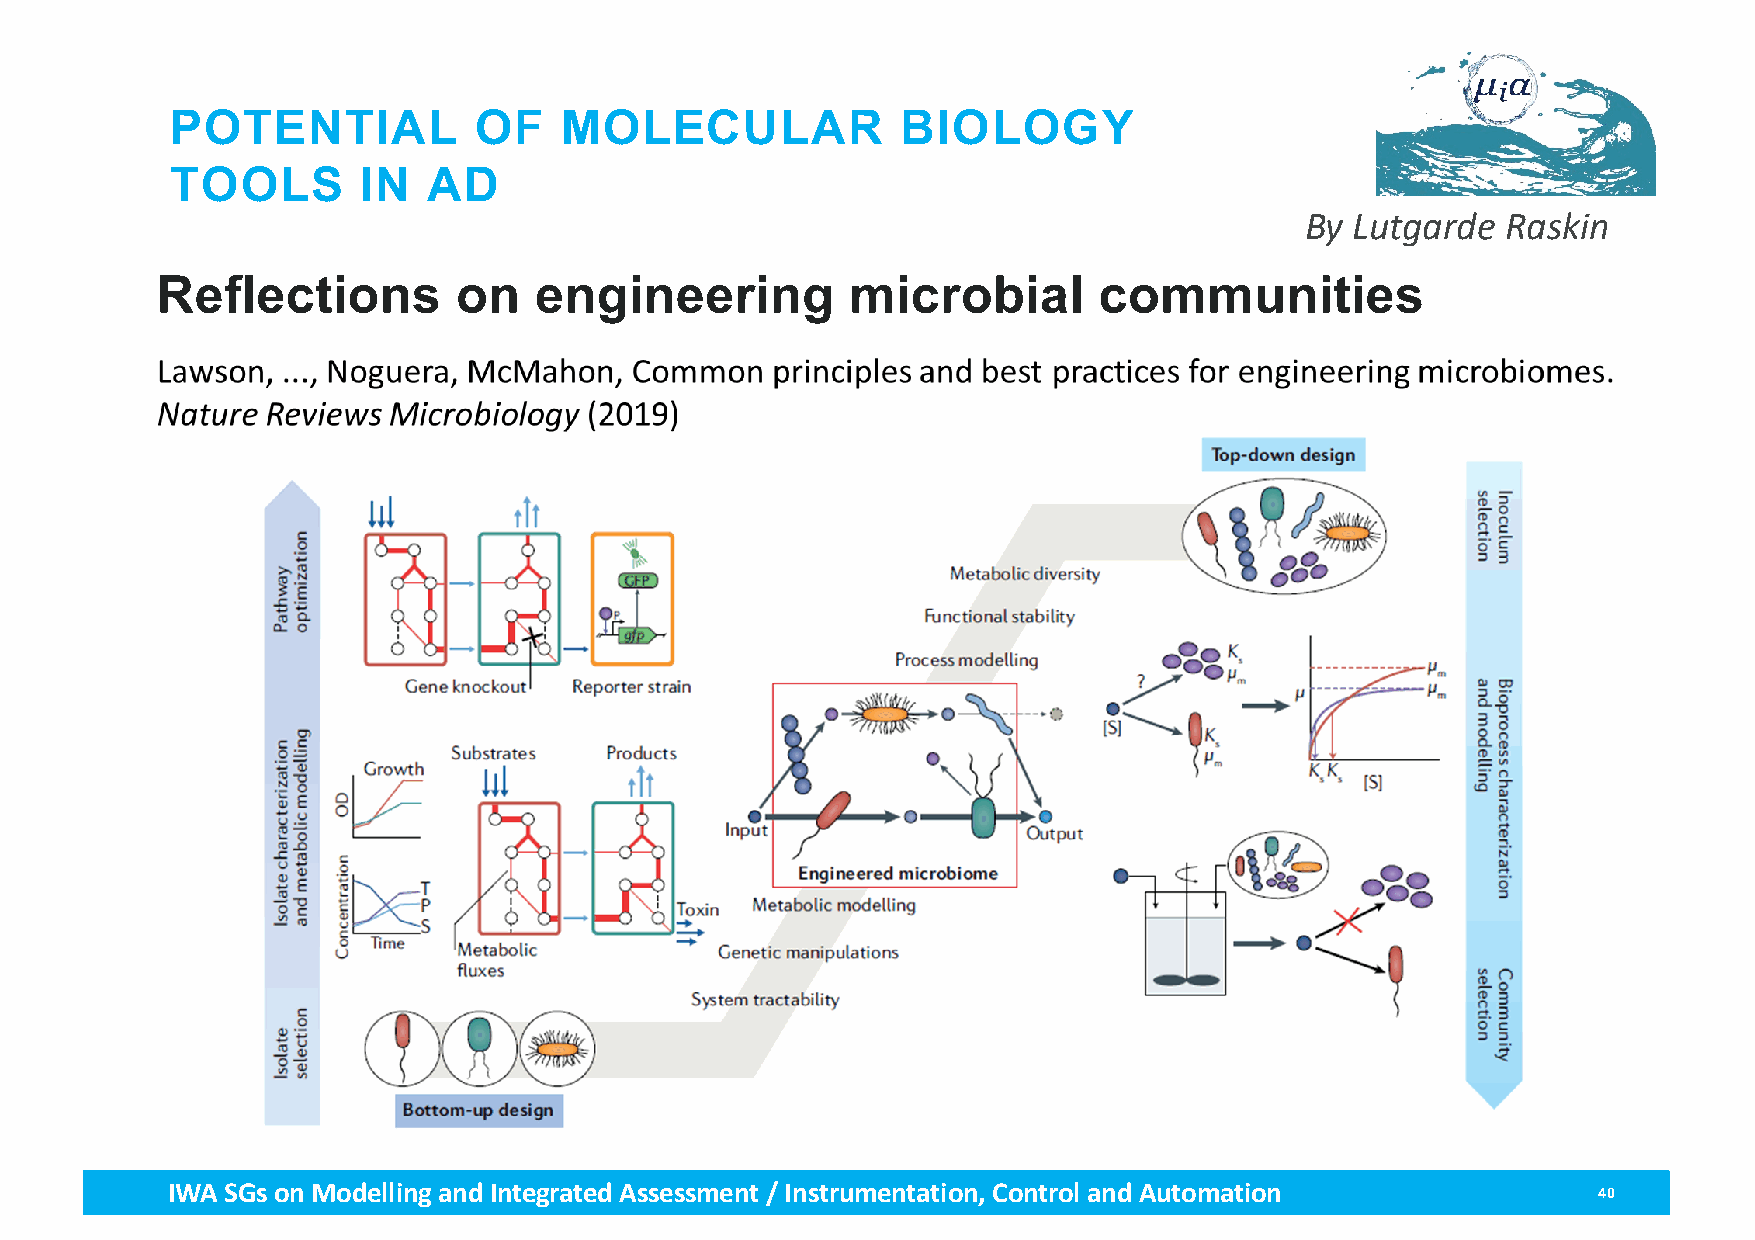
POTENTIAL           OF    MOLECULAR              BIOLOGY
 TOOLS        IN  AD
 By Lutgarde   Raskin
 Reflections         on   engineering          microbial        communities
 IWA SGs on Modellingand Integrated Assessment / Instrumentation, Control and Automation        40